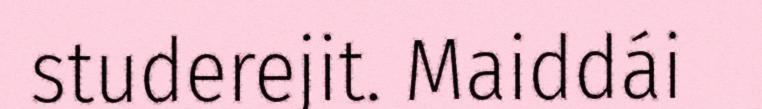
studerejit. Maiddái